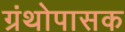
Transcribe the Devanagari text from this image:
ग्रंथोपासक